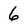
Character: 6